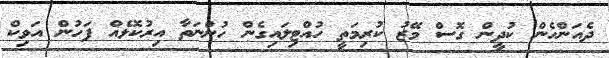
ދެއަންހެން ކުދީން ގޮސް މޭޒު ކުރިމަތީ ހުއްޓިލައިގެން ހުންނަތާ އިރުކޮޅެއް ފަހުން އަވިކް